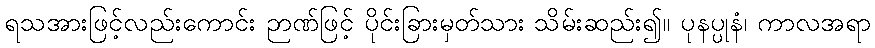
ရသအားဖြင့်လည်းကောင်း ဉာဏ်ဖြင့် ပိုင်းခြားမှတ်သား သိမ်းဆည်း၍။ ပုနပ္ပုနံ၊ ကာလအရာ